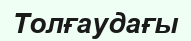
Толғаудағы